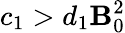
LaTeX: c_{1}>d_{1}{\mathbf B}_{0}^{2}